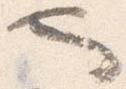
也